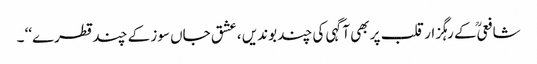
شافعیؒ کے رہگزار قلب پر بھی آگہی کی چند بوندیں ، عشق جاں سوز کے چند قطرے‘‘ ۔